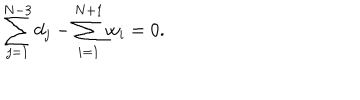
\sum _ { j = 1 } ^ { N - 3 } d _ { j } - \sum _ { i = 1 } ^ { N + 1 } w _ { i } = 0 .